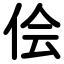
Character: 侩